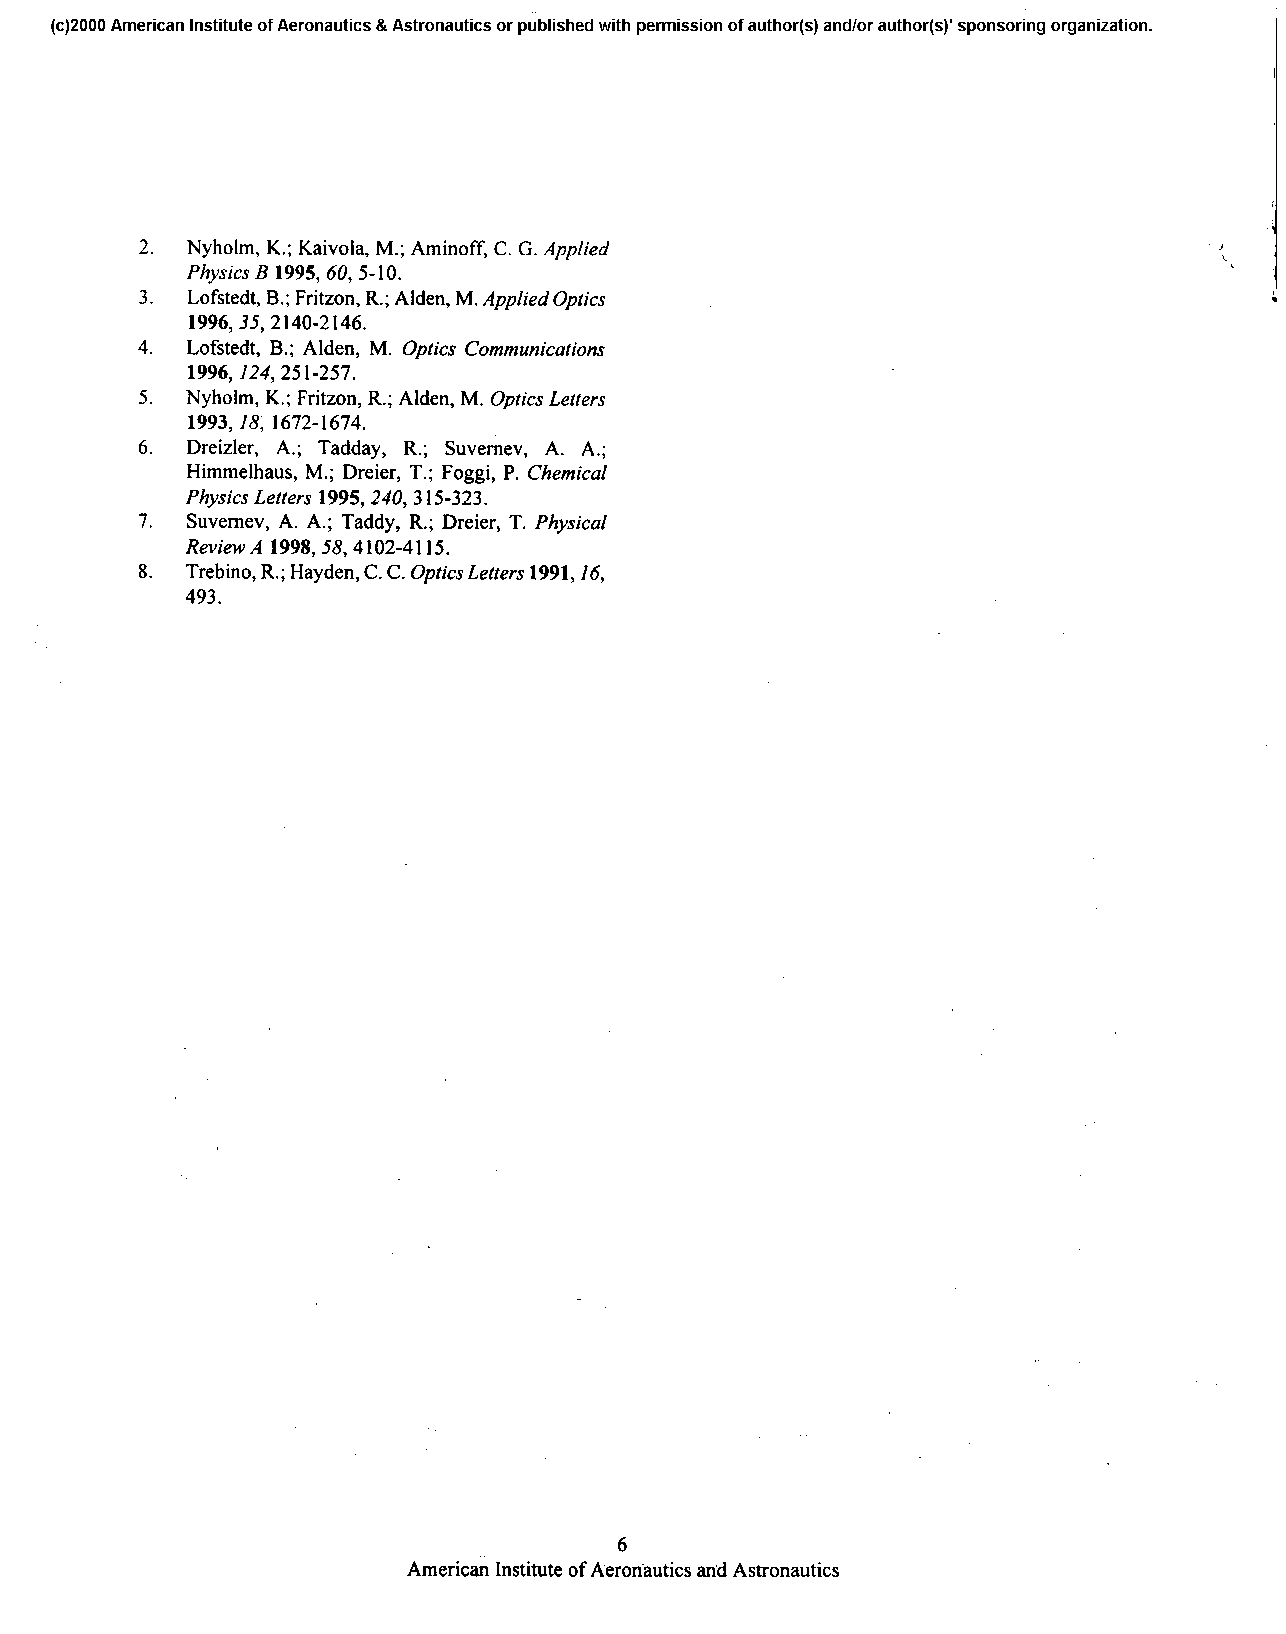
(c)2000 American Institute of Aeronautics & Astronautics or published with permission of author(s) and/or author(s) ’ sponsoring organization.
 2. Nyholm,K .; Kaivola,M .; Aminoff, C. G. Applied
 Physics B 1995, 60,5 -10.
 3. LofstedtB, .; Fritzon,R .; Alden,M . Applied Optics
 1996,35,2 140-21 46.
 4. Lofstedt,B .; Alden, M. Optics Communications
 1996, 124,251-257.
 5. Nyholm,K .; Fritzon,R .; Alden,M . Optics Letters
 1993,18, 1672-1674.
 6. Dreizler, A.; Tadday, R.; Suvemev,A . A.;
 HimmelhausM, .; Dreier,T .; Foggi,P . Chemical
 Physics Letters 1995,240, 3 15-323.
 7. SuvemevA, . A.; Taddy,R .; Dreier,T . Physical
 ReviewA 1998,58,4102-4115.
 8. TrebinoR, .; HaydenC, . C. Optics Letters 1991,16,
 493.
 6
 AmericanIn stituteo f Aeronauticasn dA stronautics